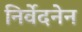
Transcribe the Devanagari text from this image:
निर्वेदनेन